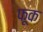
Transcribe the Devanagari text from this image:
फ़ूक